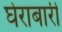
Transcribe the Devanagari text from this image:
घेराबारी